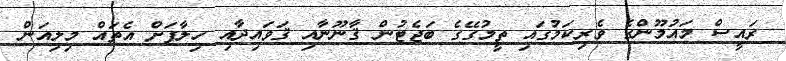
ރައީސް މައުމޫންގެ ވެރިކަމުގައި ތީމުގޭގެ ބަޖެޓުން ޤާނޫނާއި ޤަވައިދާއި ހިލާފަށް އެތައް މިލިއަން